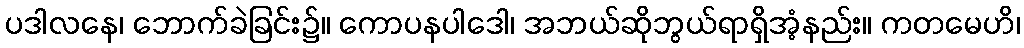
ပဒါလနေ၊ ဘောက်ခဲခြင်း၌။ ကောပနပါဒေါ၊ အဘယ်ဆိုဘွယ်ရာရှိအံ့နည်း။ ကတမေဟိ၊